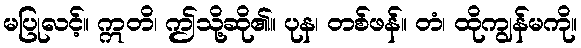
မပြုလင့်။ ဣတိ၊ ဤသို့ဆို၏။ ပုန၊ တစ်ဖန်။ တံ၊ ထိုကျွန်မကို။